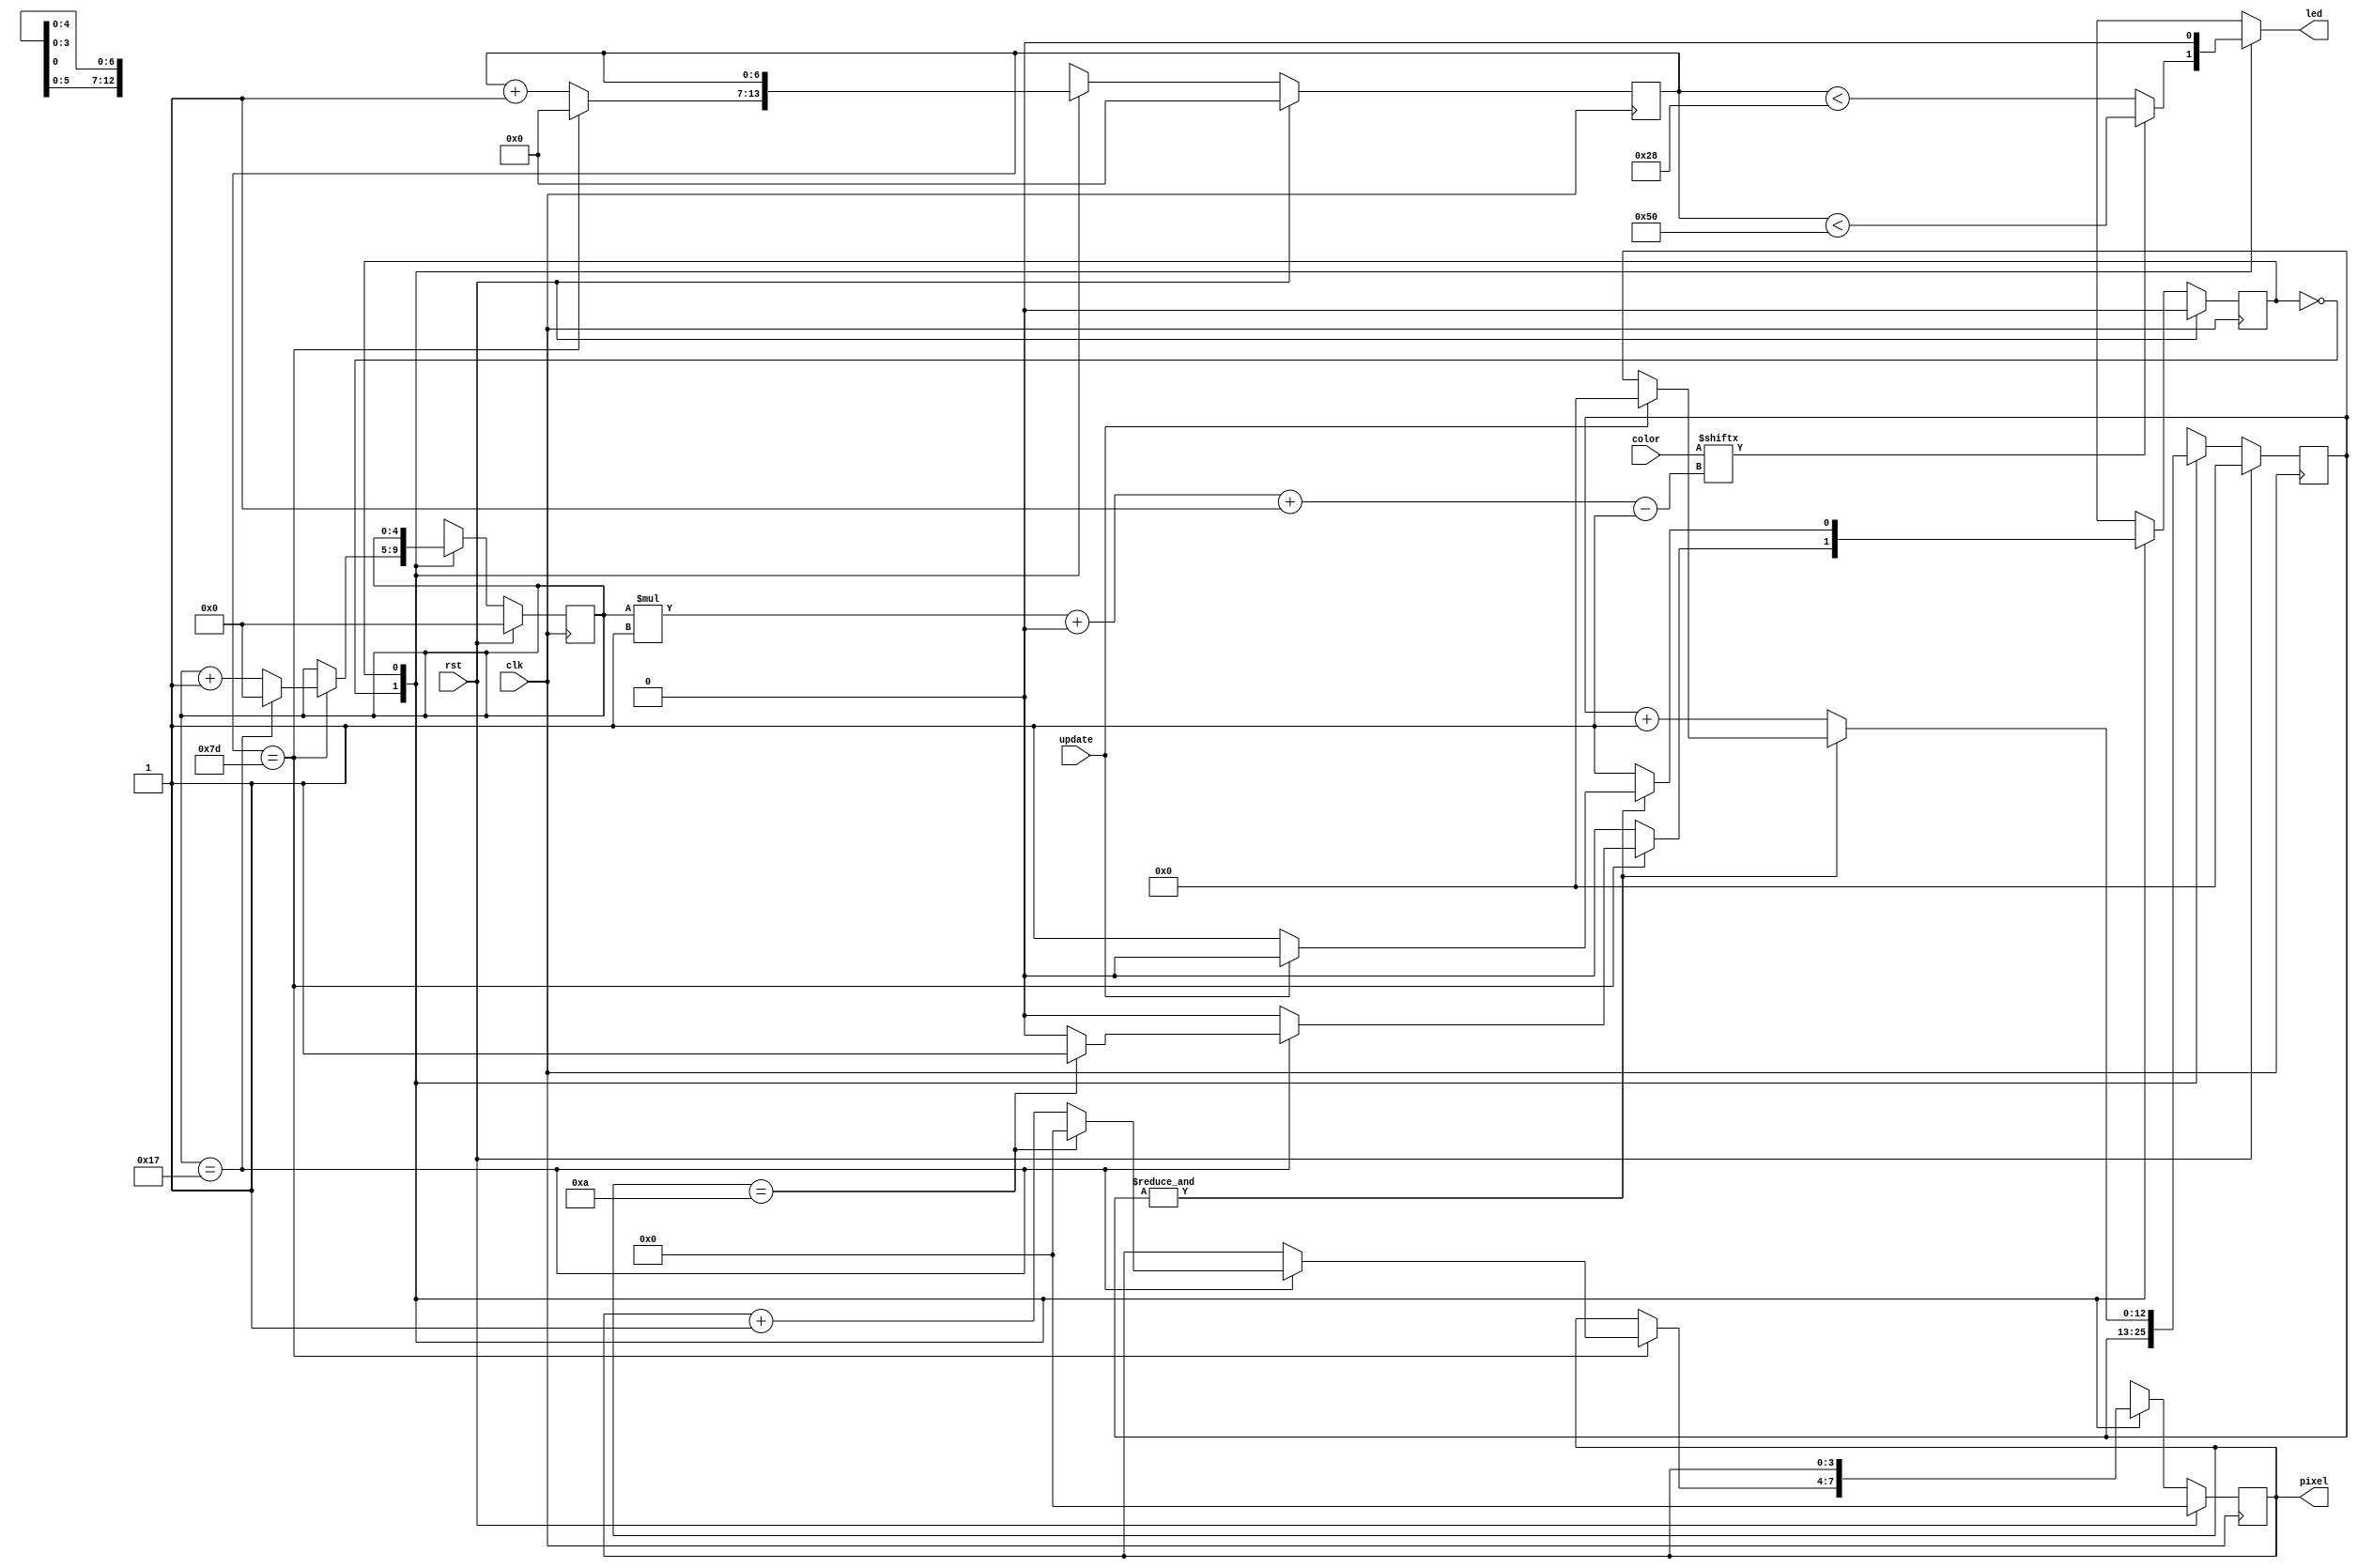
/*
   This file was generated automatically by Alchitry Labs version 1.2.7.
   Do not edit this file directly. Instead edit the original Lucid source.
   This is a temporary file and any changes made to it will be destroyed.
*/

/*
   Parameters:
     PIXEL_COUNT = 11
*/
module led_strip_writer_2 (
    input clk,
    input rst,
    input update,
    input [23:0] color,
    output reg [3:0] pixel,
    output reg led
  );
  
  localparam PIXEL_COUNT = 4'hb;
  
  
  localparam SEND_PIXEL_state = 1'd0;
  localparam RESET_state = 1'd1;
  
  reg M_state_d, M_state_q = SEND_PIXEL_state;
  reg [3:0] M_pixel_ctr_d, M_pixel_ctr_q = 1'h0;
  reg [4:0] M_bit_ctr_d, M_bit_ctr_q = 1'h0;
  reg [6:0] M_ctr_d, M_ctr_q = 1'h0;
  reg [12:0] M_rst_ctr_d, M_rst_ctr_q = 1'h0;
  
  always @* begin
    M_state_d = M_state_q;
    M_ctr_d = M_ctr_q;
    M_bit_ctr_d = M_bit_ctr_q;
    M_rst_ctr_d = M_rst_ctr_q;
    M_pixel_ctr_d = M_pixel_ctr_q;
    
    led = 1'h0;
    pixel = M_pixel_ctr_q;
    
    case (M_state_q)
      SEND_PIXEL_state: begin
        if (color[(M_bit_ctr_q)*1+0-:1]) begin
          led = M_ctr_q < 7'h50;
        end else begin
          led = M_ctr_q < 6'h28;
        end
        M_ctr_d = M_ctr_q + 1'h1;
        if (M_ctr_q == 7'h7d) begin
          M_ctr_d = 1'h0;
          M_bit_ctr_d = M_bit_ctr_q + 1'h1;
          if (M_bit_ctr_q == 5'h17) begin
            M_bit_ctr_d = 1'h0;
            M_pixel_ctr_d = M_pixel_ctr_q + 1'h1;
            if (M_pixel_ctr_q == 5'h0a) begin
              M_pixel_ctr_d = 1'h0;
              M_state_d = RESET_state;
            end
          end
        end
      end
      RESET_state: begin
        if ((&M_rst_ctr_q)) begin
          if (update) begin
            M_rst_ctr_d = 1'h0;
            M_state_d = SEND_PIXEL_state;
          end
        end else begin
          M_rst_ctr_d = M_rst_ctr_q + 1'h1;
        end
      end
    endcase
  end
  
  always @(posedge clk) begin
    if (rst == 1'b1) begin
      M_pixel_ctr_q <= 1'h0;
      M_bit_ctr_q <= 1'h0;
      M_ctr_q <= 1'h0;
      M_rst_ctr_q <= 1'h0;
      M_state_q <= 1'h0;
    end else begin
      M_pixel_ctr_q <= M_pixel_ctr_d;
      M_bit_ctr_q <= M_bit_ctr_d;
      M_ctr_q <= M_ctr_d;
      M_rst_ctr_q <= M_rst_ctr_d;
      M_state_q <= M_state_d;
    end
  end
  
endmodule